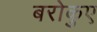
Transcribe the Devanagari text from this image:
बरोकुए